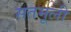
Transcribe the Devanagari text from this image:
सतमूली